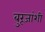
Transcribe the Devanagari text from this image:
बुरूजांशी